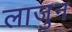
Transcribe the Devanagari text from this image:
लाजुन